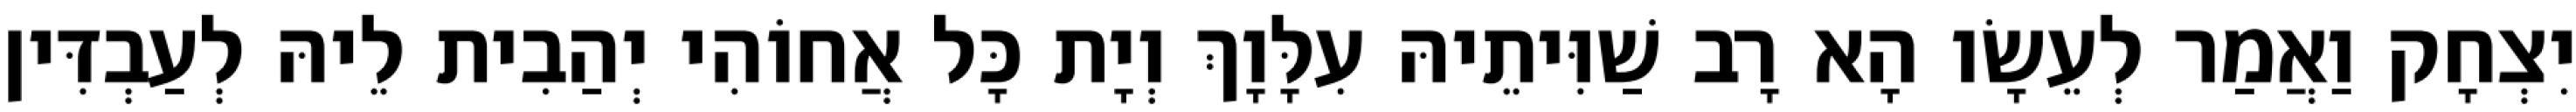
יִצְחָק וַאֲמַר לְעֵשָׂו הָא רָב שַׁוִּיתֵיהּ עִלָּוָךְ וְיָת כָּל אֲחוֹהִי יְהַבִית לֵיהּ לְעַבְדִּין